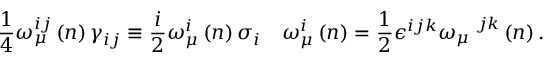
\frac { 1 } { 4 } \omega _ { \mu } ^ { i j } \left( n \right) \gamma _ { i j } \equiv \frac { i } { 2 } \omega _ { \mu } ^ { i } \left( n \right) \sigma _ { i } \quad \omega _ { \mu } ^ { i } \left( n \right) = \frac { 1 } { 2 } \epsilon ^ { i j k } \omega _ { \mu } ^ { \quad j k } \left( n \right) .